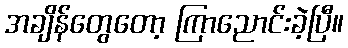
အချိန်တွေတော့ ကြာညောင်းခဲ့ပြီ။